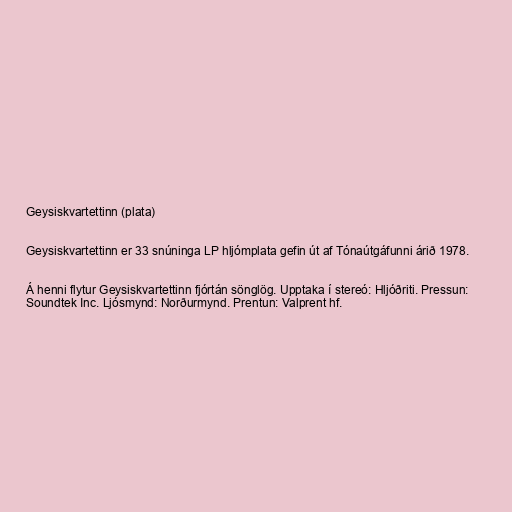
Geysiskvartettinn (plata)

Geysiskvartettinn er 33 snúninga LP hljómplata gefin út af Tónaútgáfunni árið 1978.

Á henni flytur Geysiskvartettinn fjórtán sönglög. Upptaka í stereó: Hljóðriti. Pressun:
Soundtek Inc. Ljósmynd: Norðurmynd. Prentun: Valprent hf.